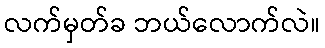
လက်မှတ်ခ ဘယ်လောက်လဲ။